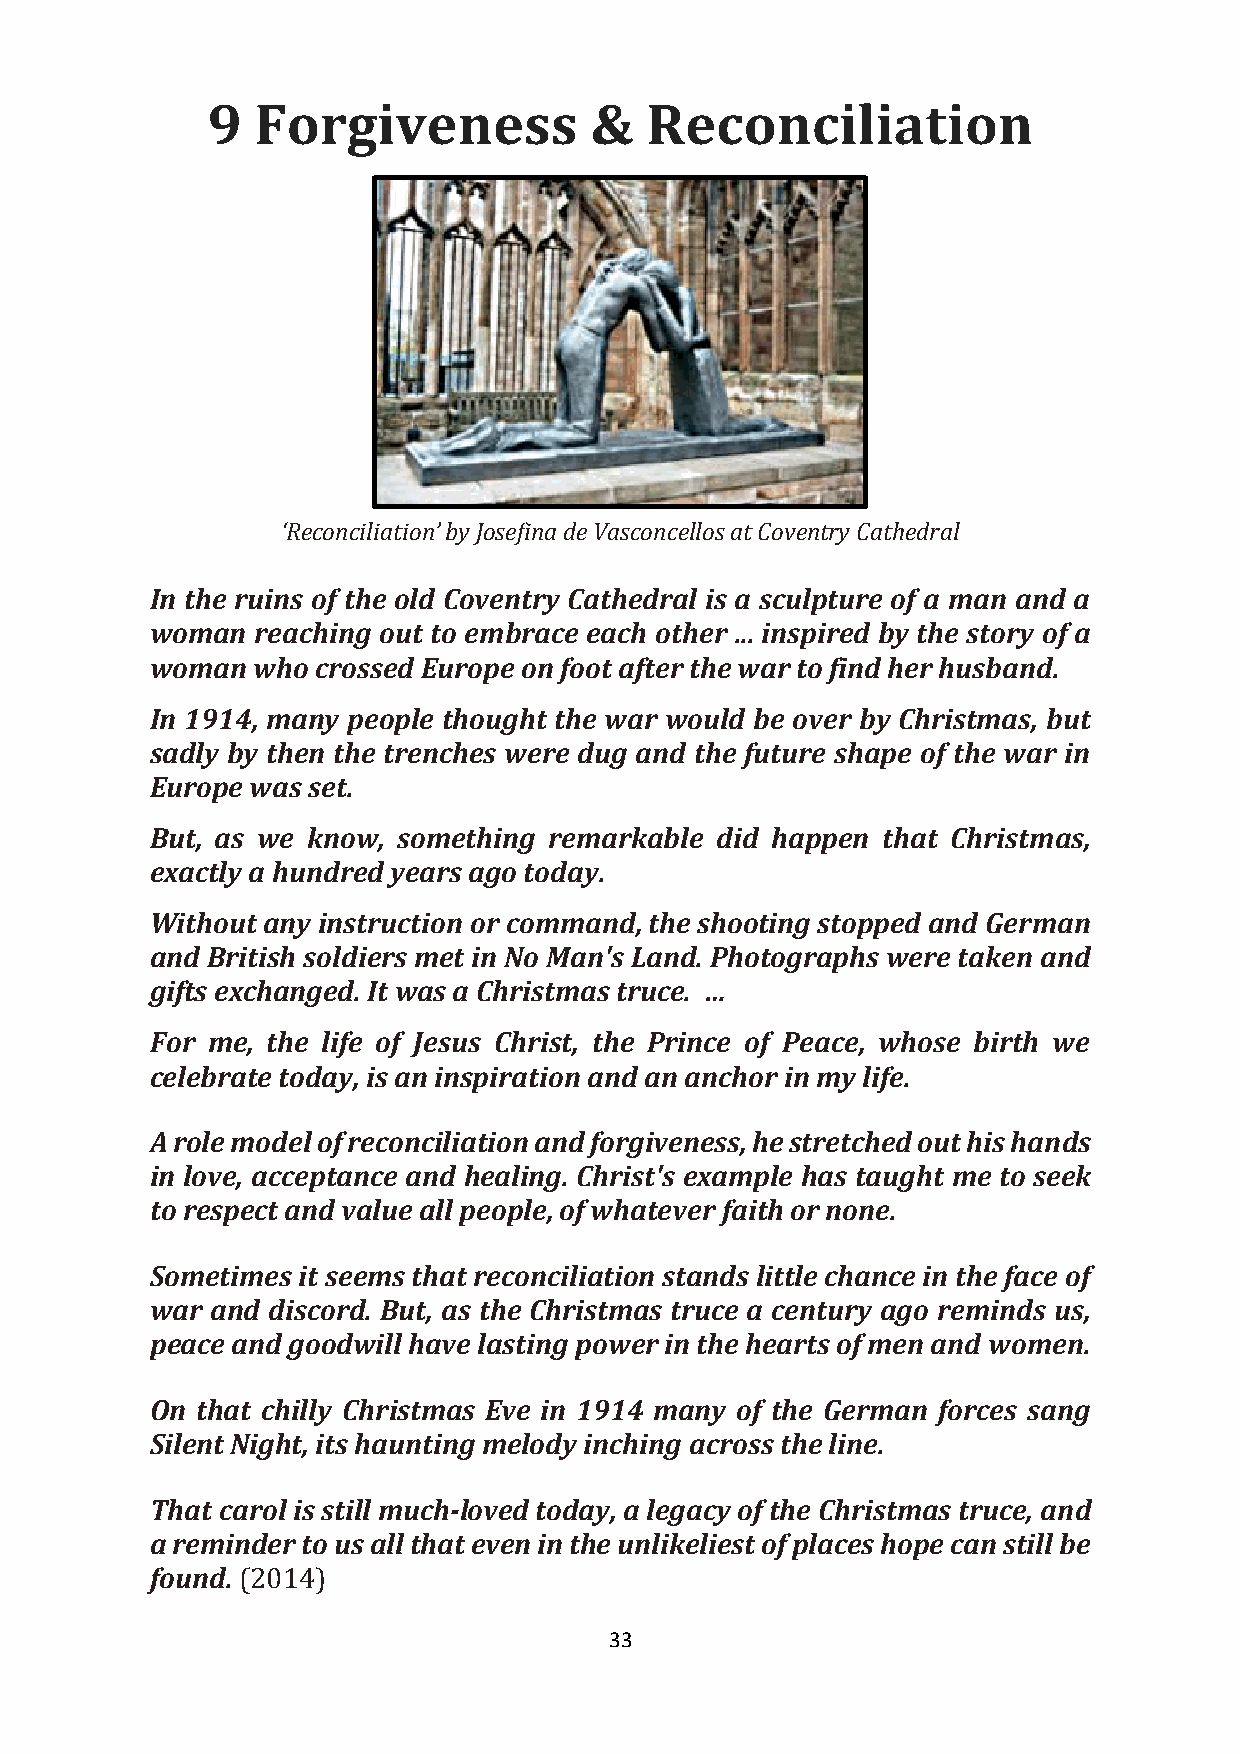
9  Forgiveness           &   Reconciliation
 ‘Reconciliation’ by Josefina de Vasconcellos at Coventry Cathedral
 In the ruins of the old Coventry Cathedral is a sculpture of a man and a
 woman  reaching out to embrace each other ... inspired by the story of a
 woman  who crossed Europe on foot after the war to find her husband.
 In 1914, many people thought the war would be over by Christmas, but
 sadly by then the trenches were dug and the future shape of the war in
 Europe was set.
 But, as we know, something remarkable did happen that Christmas,
 exactly a hundred years ago today.
 Without any instruction or command, the shooting stopped and German
 and British soldiers met in No Man's Land. Photographs were taken and
 gifts exchanged. It was a Christmas truce. …
 For me, the life of Jesus Christ, the Prince of Peace, whose birth we
 celebrate today, is an inspiration and an anchor in my life.
 A role model of reconciliation and forgiveness, he stretched out his hands
 in love, acceptance and healing. Christ's example has taught me to seek
 to respect and value all people, of whatever faith or none.
 Sometimes it seems that reconciliation stands little chance in the face of
 war and discord. But, as the Christmas truce a century ago reminds us,
 peace and goodwill have lasting power in the hearts of men and women.
 On that chilly Christmas Eve in 1914 many of the German forces sang
 Silent Night, its haunting melody inching across the line.
 That carol is still much-loved today, a legacy of the Christmas truce, and
 a reminder to us all that even in the unlikeliest of places hope can still be
 found. (2014)
 33